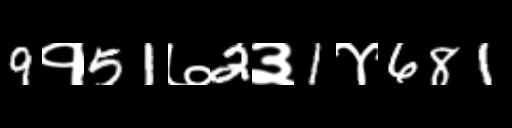
Text: 9१51७2३1४681